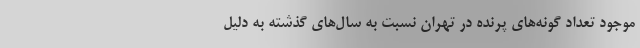
موجود تعداد گونه‌های پرنده در تهران نسبت به سال‌های گذشته به دلیل